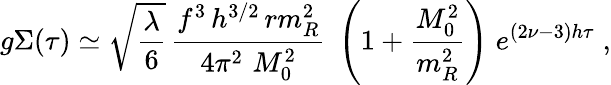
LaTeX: g\Sigma(\tau)\simeq\sqrt{\frac{\lambda}{6}}\, {\frac{f^{3}\, h^{3/2}\, rm_{R}^{2}}{4\pi^{2}\, \, M_{0}^{2}}}\; \left(1+{\frac{M_{0}^{2}}{m_{R}^{2}}}\right)\; e^{(2\nu-3)h\tau}\; ,